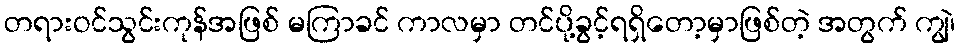
တရားဝင်သွင်းကုန်အဖြစ် မကြာခင် ကာလမှာ တင်ပို့ခွင့်ရရှိတော့မှာဖြစ်တဲ့ အတွက် ကျွဲ၊